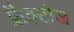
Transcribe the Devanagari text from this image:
फ्रैक्टोज